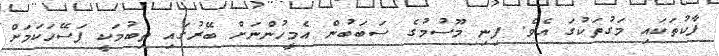
ފާކުތަކައި މަގުތަކުގަ އެވެ. ފިނި މޫސުމުގެ ސަބަބުން އެމީހުންނަށް ބޭރުގައި ތިބުމަކީ ފަސޭހަކަމަށް